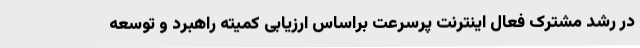
در رشد مشترک فعال اینترنت پرسرعت براساس ارزیابی کمیته راهبرد و توسعه